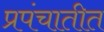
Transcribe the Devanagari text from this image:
प्रपंचातीत